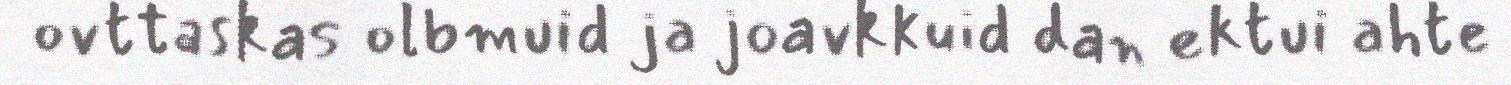
ovttaskas olbmuid ja joavkkuid dan ektui ahte